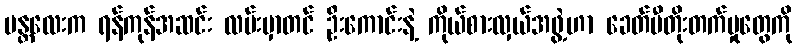
မန္တလေးက ရန်ကုန်အဆင်း လမ်းမှာတင် ဦးကောင်းနဲ့ ကိုယ်စားလှယ်အဖွဲ့ဟာ ခေတ်မီတိုးတက်မှုတွေကို